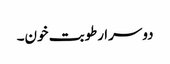
دوسرا رطوبت خون۔